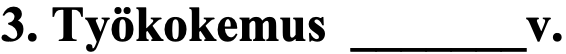
3. Työkokemus _______v.